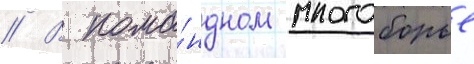
// В кома́ндном многоборье